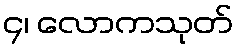
၄၊ လောကသုတ်